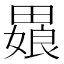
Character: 𬏒